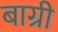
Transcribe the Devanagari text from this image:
बाग्री